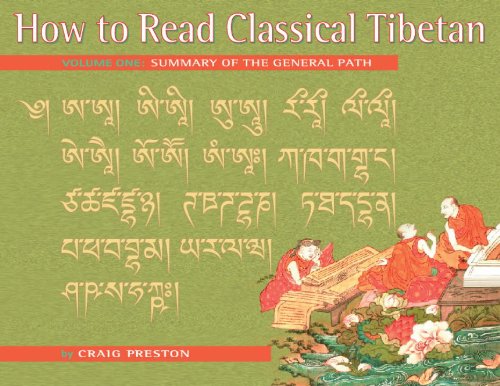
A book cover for How to Read Classical Tibetan, Volume One: Summary of the General Path; Craig Preston; Reference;